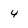
Character: 4